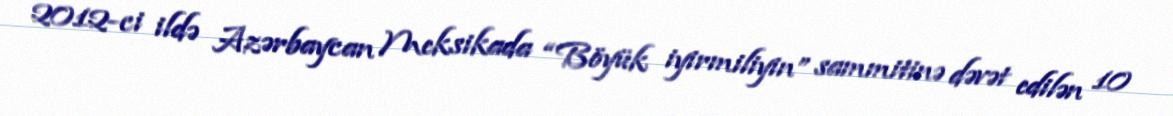
2012-ci ildə Azərbaycan Meksikada “Böyük iyirmiliyin” sammitinə dəvət edilən 10